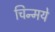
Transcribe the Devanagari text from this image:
चिन्मये